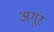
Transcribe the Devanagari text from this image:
अगूंर